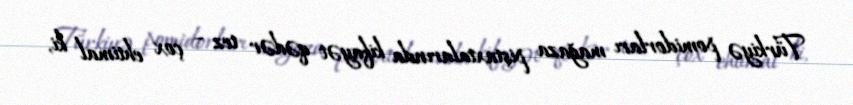
Türkiyə pomidorları mağaza piştaxtalarında kifayət qədər tez – çox ehtimal ki,